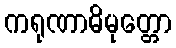
ကရုဏာဓိမုတ္တော